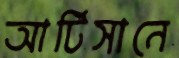
আর্টিসানে